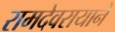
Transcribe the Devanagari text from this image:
रामदेवरायाने